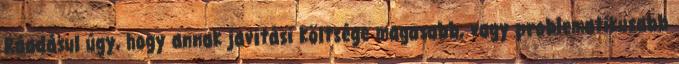
Ráadásul úgy, hogy annak javítási költsége magasabb, vagy problematikusabb